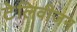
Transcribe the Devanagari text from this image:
टेलिवीजन